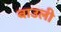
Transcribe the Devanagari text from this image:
बाउली